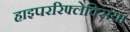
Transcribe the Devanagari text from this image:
हाइपररिफ्लेक्सिया